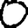
Digit: 0